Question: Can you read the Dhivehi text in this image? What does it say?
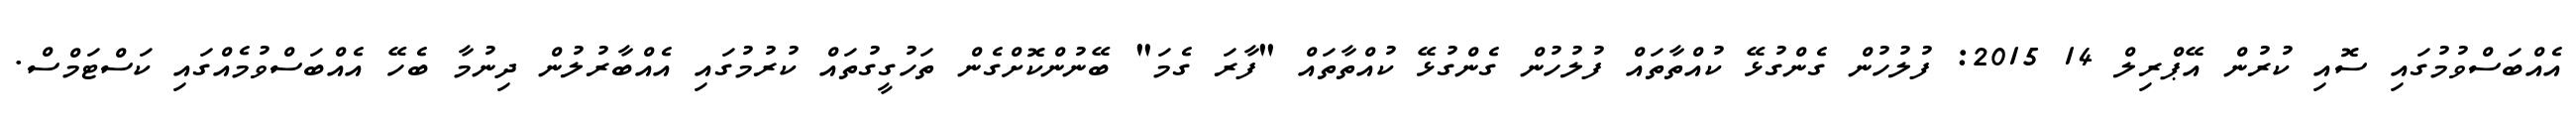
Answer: އެއްބަސްވުމުގައި ސޮއި ކުރުން އޭޕްރިލް 14 2015: ފުލުހުން ގެންގުޅޭ ކުއްތާތައް ފުލުހުން ގެންގުޅޭ ކުއްތާތައް "ފާރަ ގެމަ" ބޭނުންކޮށްގެން ތަހުގީގުތައް ކުރުމުގައި އެއްބާރުލުން ދިނުމާ ބެހޭ އެއްބަސްވުމެއްގައި ކަސްޓަމްސް.